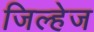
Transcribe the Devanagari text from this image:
जिल्हेज